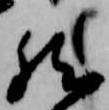
然